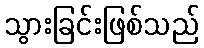
သွားခြင်းဖြစ်သည်